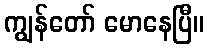
ကျွန်တော် မောနေပြီ။